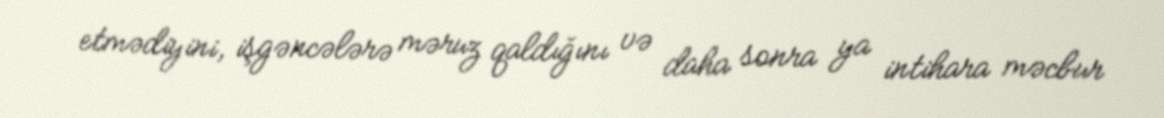
etmədiyini, işgəncələrə məruz qaldığını və daha sonra ya intihara məcbur